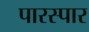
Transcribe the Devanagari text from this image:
पारस्पार